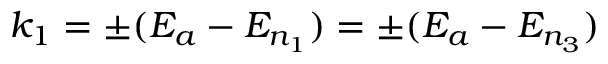
k _ { 1 } = \pm ( E _ { a } - E _ { n _ { 1 } } ) = \pm ( E _ { a } - E _ { n _ { 3 } } )